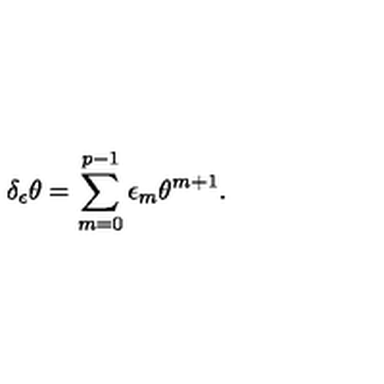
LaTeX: \delta _ { \epsilon } \theta = \sum _ { m = 0 } ^ { p - 1 } \epsilon _ { m } \theta ^ { m + 1 } .